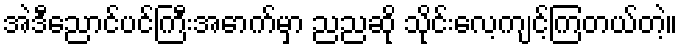
အဲဒီညောင်ပင်ကြီးအောက်မှာ ညညဆို သိုင်းလေ့ကျင့်ကြတယ်တဲ့။